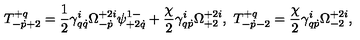
T _ { - \dot { p } + 2 } ^ { + q } = \frac 1 2 \gamma _ { q \dot { q } } ^ { i } \Omega _ { - \dot { p } } ^ { + 2 i } \psi _ { + 2 \dot { q } } ^ { 1 - } + \frac { \chi } { 2 } \gamma _ { q \dot { p } } ^ { i } \Omega _ { + 2 } ^ { + 2 i } , \ T _ { - \dot { p } - 2 } ^ { + q } = \frac { \chi } { 2 } \gamma _ { q \dot { p } } ^ { i } \Omega _ { - 2 } ^ { + 2 i } ,